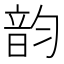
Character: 韵